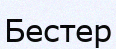
Бестер